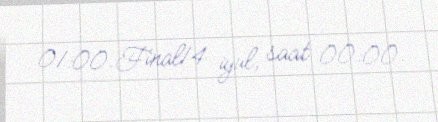
01:00.Final14 iyul, saat 00:00.